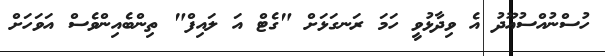
ހުސްނުއްސުއޫދު އެ ވިދާޅުވީ ހަމަ ރަނގަޅަށް "ގެޓް އަ ލައިފް" ތިންބެއިންވެސް އަވަހަށް